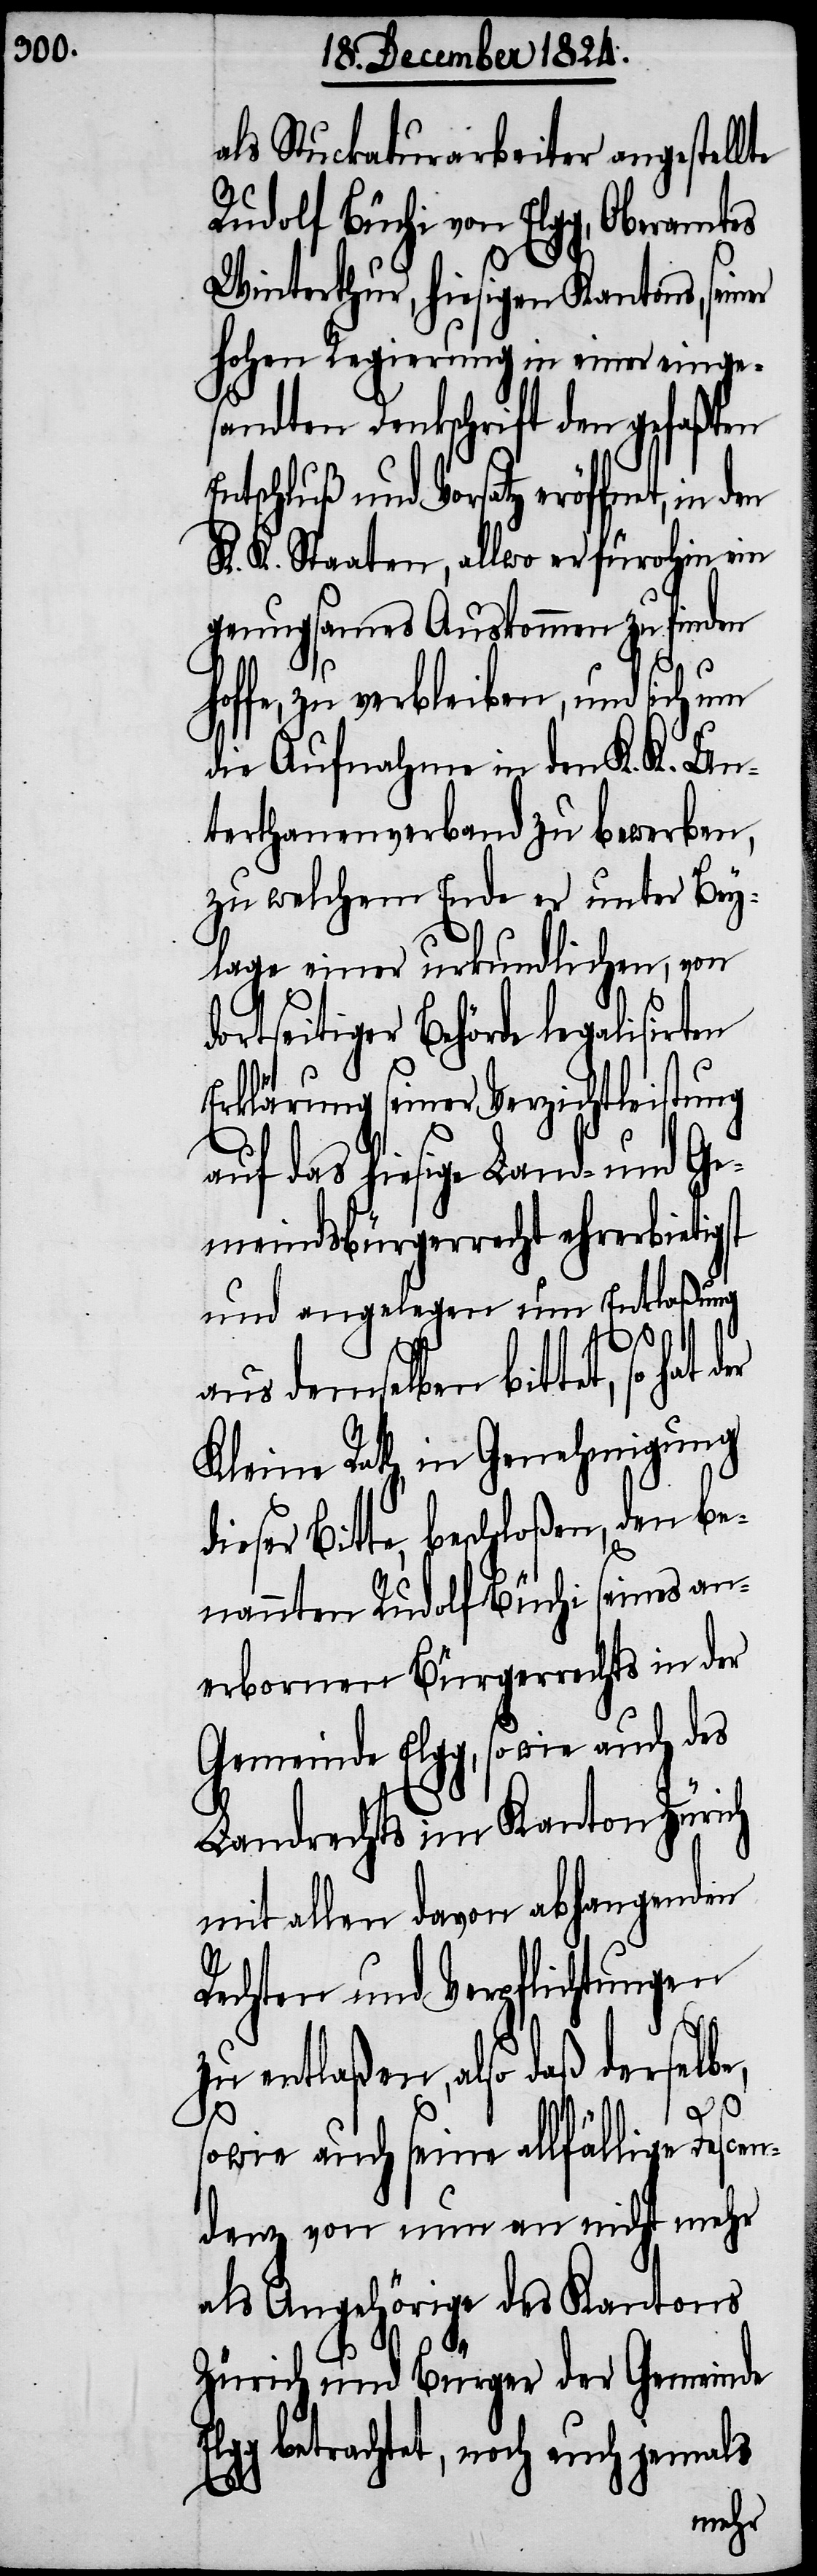
als Stuckaturarbeiter angestellte
Rudolf Büchi von Elgg, Oberamtes
Winterthur, hiesigen Kantons, sei¬
hohen Regierung in einer einge¬
sandten Dankschrift den gefaßten
Entschluß und Vorsatz eröffnet, in
K. K. Staaten, allwo er fürohin ein
genugsames Auskommen zu finden
offe, zu verbleiben, und sich um
die Aufnahme in dem K. K. Un¬
terthanenverband zu bewerben,
zu welchem Ende er unter Bey¬
lage einer urkundlichen, von
dortseitiger Behörde legalisirten
Erklärung seiner Verzichtleistung
auf das hiesige Land- und Ge¬
meindsbürgerrecht ehrerbieti¬
und angelegen um Entlaßung
aus demselben bittet, so hat
Kleine Rath, in Genehmigung
ieser Bitte, beschloßen, den be¬
nannten Rudolf Büchi seines e¬
rbornen Bürgerrechs in der
Gemeinde Elgg, sowie auch des
Landrechts im Kanton Zürich
mit allen davon abhangenden
Rechten und Verpflichtungen
zu entlaßen, also daß derselb¬
Elg¬
sowie auch seine allfällige Desce¬
ndenz von nun an nicht mehr
als Angehöriger des Kantons
Zürich und Bürger der Gemeinde
g betrachtet, noch auch jemals